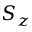
S _ { z }